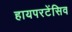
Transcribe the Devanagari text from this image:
हायपरटेंसिव